Indian journal of veterinary science and animal husbandry - Volumes 18-21, 1948-1951
Year: 1948
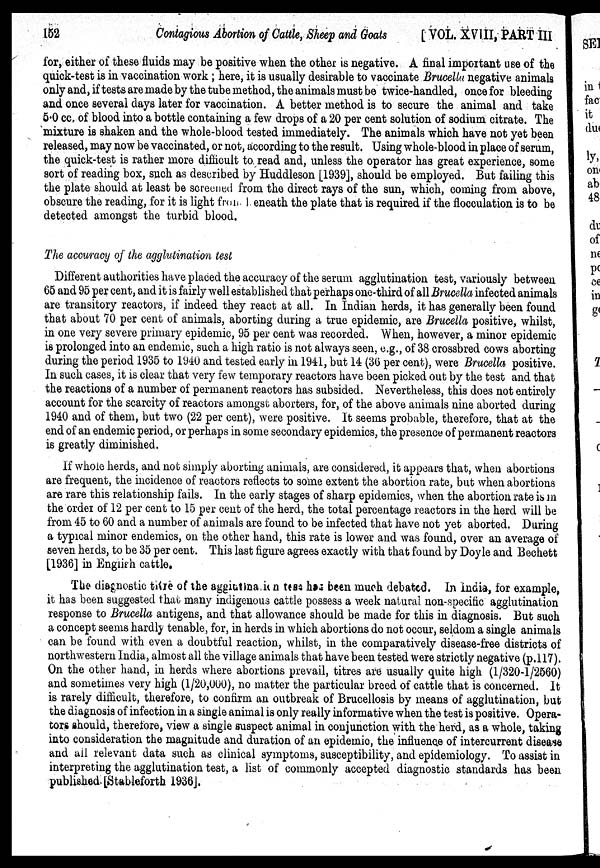
152
Contagious Abortion of Cattle, Sheep and Goats
[VOL. XVIII, PART III
for, either of these fluids may be positive when the other is negative. A final important use of the
quick-test is in vaccination work ; here, it is usually desirable to vaccinate Brucella negative animals
only and, if tests are made by the tube method, the animals must be twice-handled, once for bleeding
and once several days later for vaccination. A better method is to secure the animal and take
5.0 cc, of blood into a bottle containing a few drops of a 20 per cent solution of sodium citrate. The
mixture is shaken and the whole-blood tested immediately. The animals which have not yet been
released, may now be vaccinated, or not, according to the result. Using whole-blood in place of serum,
the quick-test is rather more difficult to read and, unless the operator has great experience, some
sort of reading box, such as described by Huddleson [1939], should be employed. But failing this
the plate should at least be screened from the direct rays of the sun, which, coming from above,
obscure the reading, for it is light from beneath the plate that is required if the flocculation is to be
detected amongst the turbid blood.
The accuracy of the agglutination test
Different authorities have placed the accuracy of the serum agglutination test, variously between
65 and 95 per cent, and it is fairly well established that perhaps one-third of all Brucella infected animals
are transitory reactors, if indeed they react at all. In Indian herds, it has generally been found
that about 70 per cent of animals, aborting during a true epidemic, are Brucella positive, whilst,
in one very severe primary epidemic, 95 per cent was recorded. When, however, a minor epidemic
is prolonged into an endemic, such a high ratio is not always seen, e.g., of 38 crossbred cows aborting
during the period 1935 to 1940 and tested early in 1941, but 14 (36 per cent), were Brucella positive.
In such cases, it is clear that very few temporary reactors have been picked out by the test and that
the reactions of a number of permanent reactors has subsided. Nevertheless, this does not entirely
account for the scarcity of reactors amongst aborters, for, of the above animals nine aborted during
1940 and of them, but two (22 per cent), were positive. It seems probable, therefore, that at the
end of an endemic period, or perhaps in some secondary epidemics, the presence of permanent reactors
is greatly diminished.
If whole herds, and not simply aborting animals, are considered, it appears that, when abortions
are frequent, the incidence of reactors reflects to some extent the abortion rate, but when abortions
are rare this relationship fails. In the early stages of sharp epidemics, when the abortion rate is in
the order of 12 per cent to 15 per cent of the herd, the total percentage reactors in the herd will be
from 45 to 60 and a number of animals are found to be infected that have not yet aborted. During
a typical minor endemics, on the other hand, this rate is lower and was found, over an average of
seven herds, to be 35 per cent. This last figure agrees exactly with that found by Doyle and Bechett
[1936] in English cattle.
The diagnostic titre of the aggiutination use has been much debated. In India, for example,
it has been suggested that many indigenous cattle possess a week natural non-specific agglutination
response to Brucella antigens, and that allowance should be made for this in diagnosis. But such
a concept seems hardly tenable, for, in herds in which abortions do not occur, seldom a single animals
can be found with even a doubtful reaction, whilst, in the comparatively disease-free districts of
northwestern India, almost all the village animals that have been tested were strictly negative (p.117).
On the other hand, in herds where abortions prevail, titres are usually quite high (1/320-1/2560)
and sometimes very high (1/20,000), no matter the particular breed of cattle that is concerned. It
is rarely difficult, therefore, to confirm an outbreak of Brucellosis by means of agglutination, but
the diagnosis of infection in a single animal is only really informative when the test is positive. Opera-
tors should, therefore, view a single suspect animal in conjunction with the herd, as a whole, taking
into consideration the magnitude and duration of an epidemic, the influence of intercurrent disease
and all relevant data such as clinical symptoms, susceptibility, and epidemiology. To assist in
interpreting the agglutination test, a list of commonly accepted diagnostic standards has been
published. [Stableforth 1936].